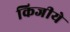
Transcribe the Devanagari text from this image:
किजीये